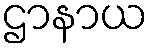
ဌာနာယ